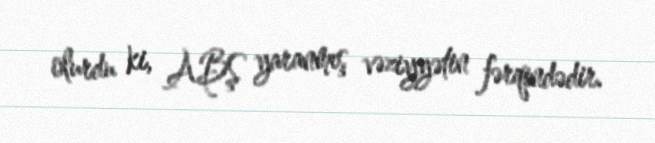
olurdu ki, ABŞ yaranmış vəziyyətin fərqindədir.